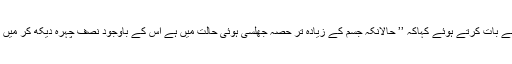
محمد اشرف نے انڈین ایکسپریس سے بات کرتے ہوئے کہاکہ ’’ حالانکہ جسم کے زیادہ تر حصہ جھلسی ہوئی حالت میں ہے اس کے باوجود نصف چہرہ دیکھ کر میں اپنے والد کی شناخت کرسکتاہوں‘‘۔